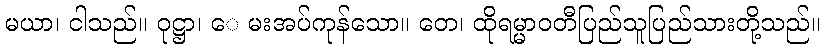
မယာ၊ ငါသည်။ ဝုဋ္ဌာ၊ ေ မးအပ်ကုန်သော။ တေ၊ ထိုရမ္မာဝတီပြည်သူပြည်သားတို့သည်။